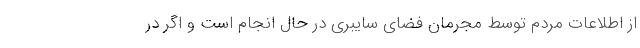
از اطلاعات مردم توسط مجرمان فضای سایبری در حال انجام است و اگر در